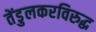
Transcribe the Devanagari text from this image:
तेंडुलकरविरुद्ध